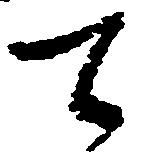
て